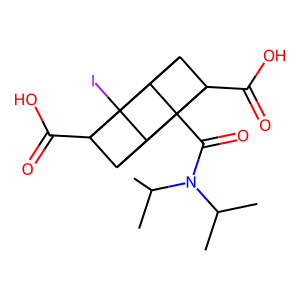
SMILES: CC(C)N(C(=O)C12C3C4C5(C(=O)O)C(C1C35I)C42C(=O)O)C(C)C
Inhibits HIV replication: No